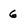
Character: 6